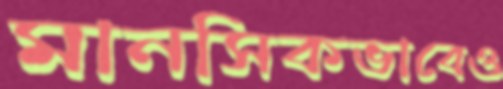
মানসিকভাবেও